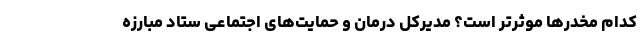
کدام مخدرها موثرتر است؟ مدیرکل درمان و حمایت‌های اجتماعی ستاد مبارزه